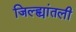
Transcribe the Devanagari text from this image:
जिल्ह्यांतली